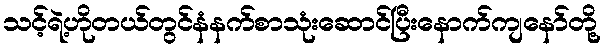
သင့်ရဲ့ဟိုတယ်တွင်နံနက်စာသုံးဆောင်ပြီးနောက်ကျနော်တို့